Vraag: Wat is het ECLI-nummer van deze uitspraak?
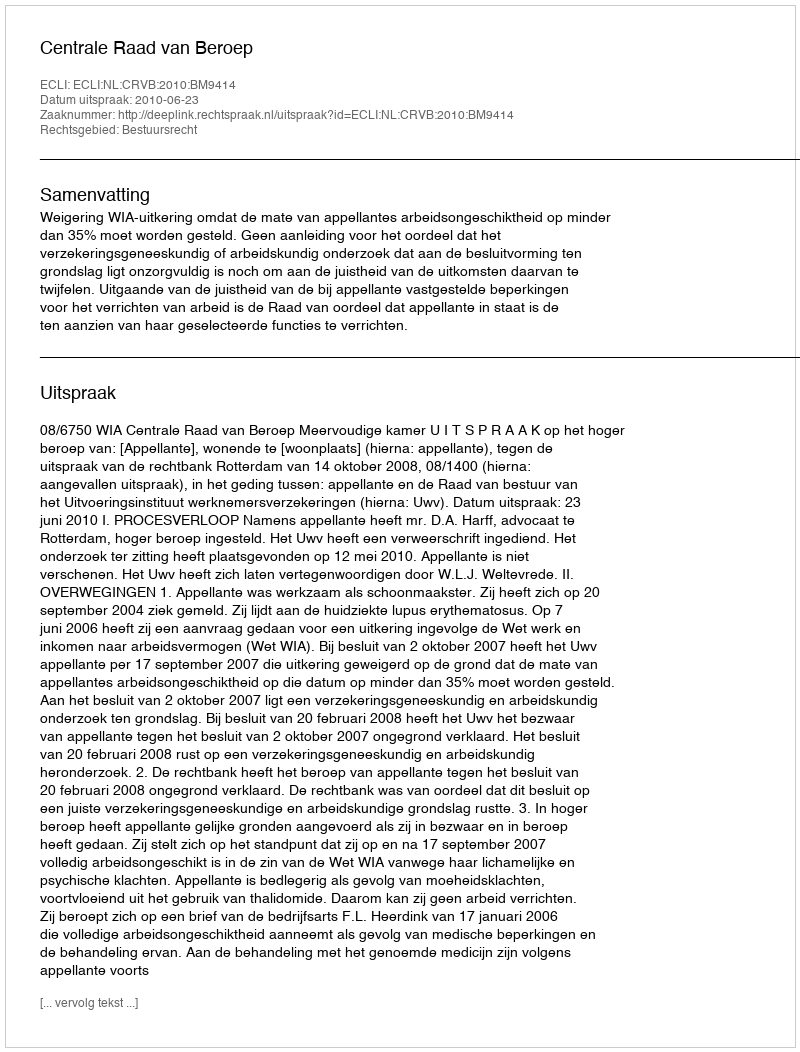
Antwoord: ECLI:NL:CRVB:2010:BM9414